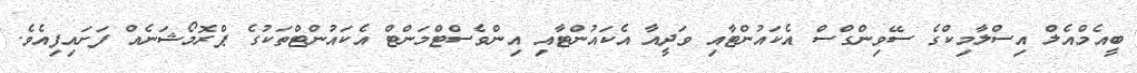
ބީއެމްއެލް އިސްލާމިކްގެ ސޭވިންގްސް އެކައުންޓާއި ވަދީއާ އެކައުންޓާއި އިންވެސްޓްމަންޓް އެކައުންޓްތަކުގެ ޕްރޮމޯޝަނެއް ފަށައިފިއެވެ.